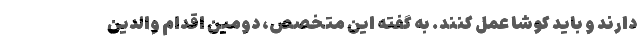
دارند و باید کوشا عمل کنند. به گفته این متخصص، دومین اقدام والدین